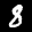
Label: 8